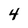
Character: 4